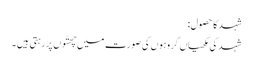
شہد کا حصول:
شہد کی مکھیاں گروہوں کی صورت میں چھتّوں پر رہتی ہیں ۔